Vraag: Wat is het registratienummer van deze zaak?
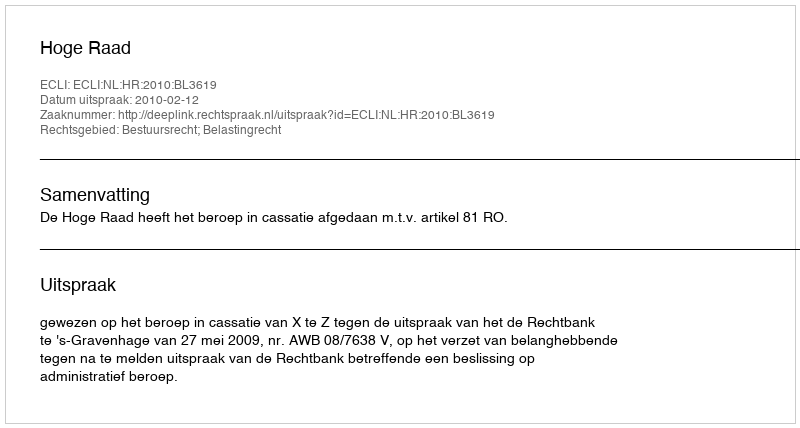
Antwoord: http://deeplink.rechtspraak.nl/uitspraak?id=ECLI:NL:HR:2010:BL3619